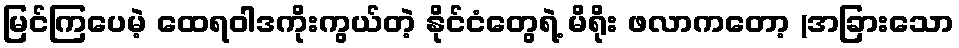
မြင်ကြပေမဲ့ ထေရဝါဒကိုးကွယ်တဲ့ နိုင်ငံတွေရဲ့ မိရိုး ဖလာကတော့ (အခြားသော